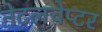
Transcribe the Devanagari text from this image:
नेटलचेप्टर